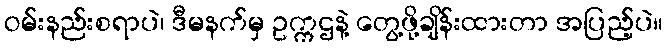
ဝမ်းနည်းစရာပဲ၊ ဒီမနက်မှ ဥက္ကဌနဲ့ တွေ့ဖို့ချိန်းထားတာ အပြည့်ပဲ။